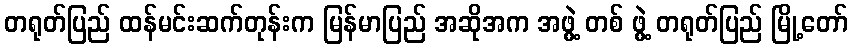
တရုတ်ပြည် ထန်မင်းဆက်တုန်းက မြန်မာပြည် အဆိုအက အဖွဲ့ တစ် ဖွဲ့ တရုတ်ပြည် မြို့တော်